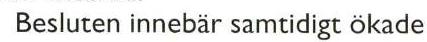
 Besluten innebär samtidigt ökade